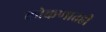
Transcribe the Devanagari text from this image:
कोकणातही